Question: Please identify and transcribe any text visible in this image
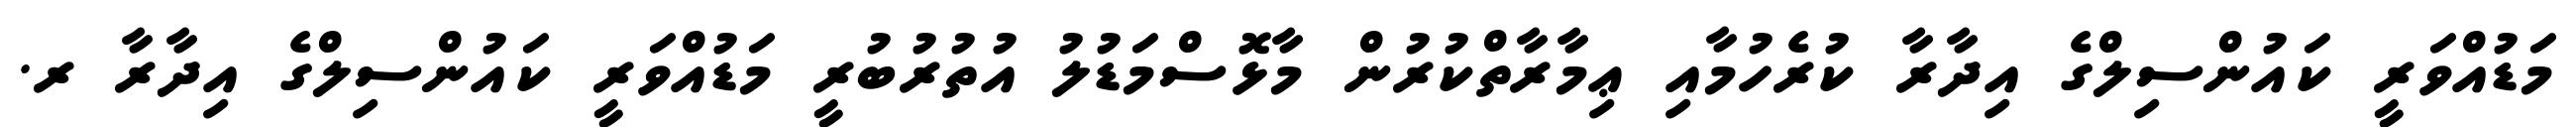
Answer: މަޑުއްވަރީ ކައުންސިލްގެ އިދާރާ ކުރެހުމާއި ޢިމާރާތްކުރުން މާޅޮސްމަޑުލު އުތުރުބުރީ މަޑުއްވަރީ ކައުންސިލްގެ އިދާރާ ރ.